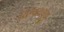
વિજયજી